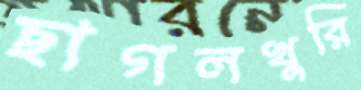
ছাগলখুরি